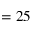
= 2 5